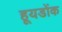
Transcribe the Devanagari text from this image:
हूयडोंक